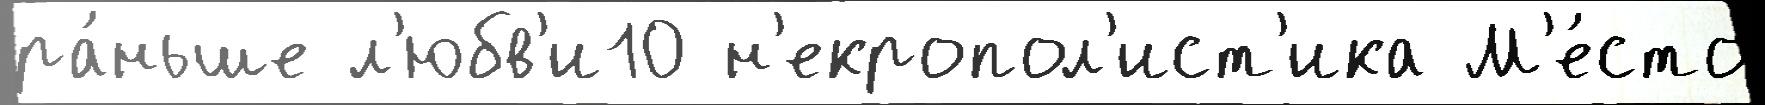
ра́ньше л'юбв'и10 н'екропол'ист'ика М'е́сто